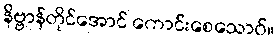
နိဗ္ဗာန်တိုင်အောင် ကောင်းစေသောဝ်။